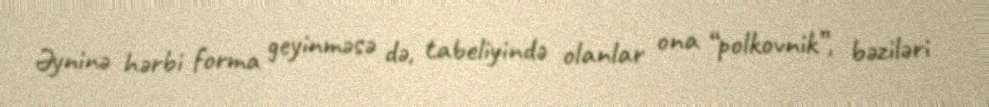
Əyninə hərbi forma geyinməsə də, tabeliyində olanlar ona “polkovnik”, bəziləri